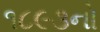
૧૮૯૩નો